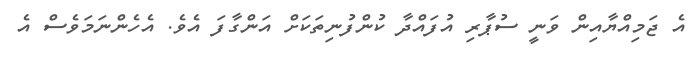
އެ ޖަމިއްޔާއިން ވަނީ ސުޕާރި އުފައްދާ ކުންފުނިތަކަށް އަންގާފަ އެވެ. އެހެންނަމަވެސް އެ